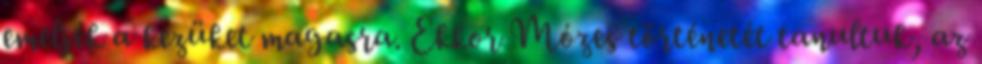
emeljék a kezüket magasra. Ekkor Mózes történetét tanultuk, az